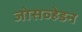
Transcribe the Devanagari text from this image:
जोसव्हेडन